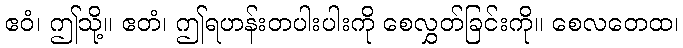
ဧဝံ၊ ဤသို့။ ဧတံ၊ ဤရဟန်းတပါးပါးကို စေလွှတ်ခြင်းကို။ စေလတေထ၊